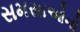
સમસાઓનો